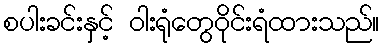
စပါးခင်းနှင့် ဝါးရုံတွေဝိုင်းရံထားသည်။